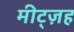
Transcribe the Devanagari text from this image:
मीट्ज़ह